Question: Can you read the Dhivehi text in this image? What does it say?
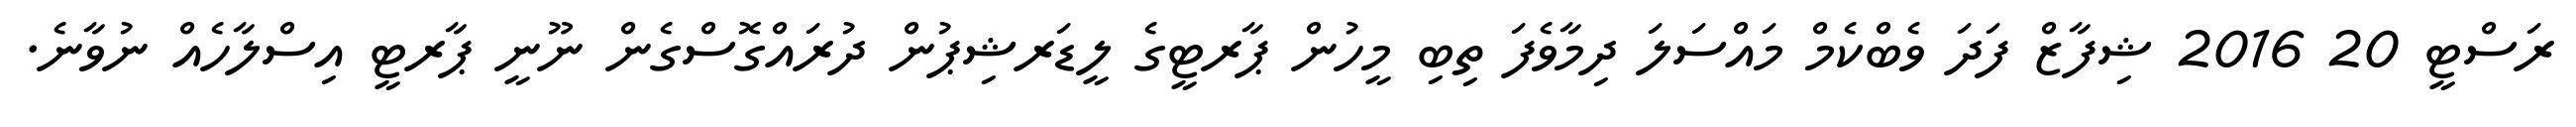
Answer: ރަސްޓީ 20 2016 ޝިފާޒް ފަދަ ވެބްކެމް މައްސަލަ ދިމާވެފަ ތިބި މީހުން ޕާރޓީގެ ލީޑަރޝިޕުން ދުރައްގޮސްގެން ނޫނީ ޕާރޓީ އިސްލާހެއް ނުވާނެ.